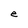
Character: e